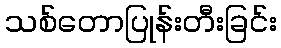
သစ်တောပြုန်းတီးခြင်း